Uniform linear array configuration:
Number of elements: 64
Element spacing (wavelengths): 1
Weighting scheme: exponential
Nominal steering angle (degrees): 0
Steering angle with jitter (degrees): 1.044
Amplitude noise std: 0.05
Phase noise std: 0.05

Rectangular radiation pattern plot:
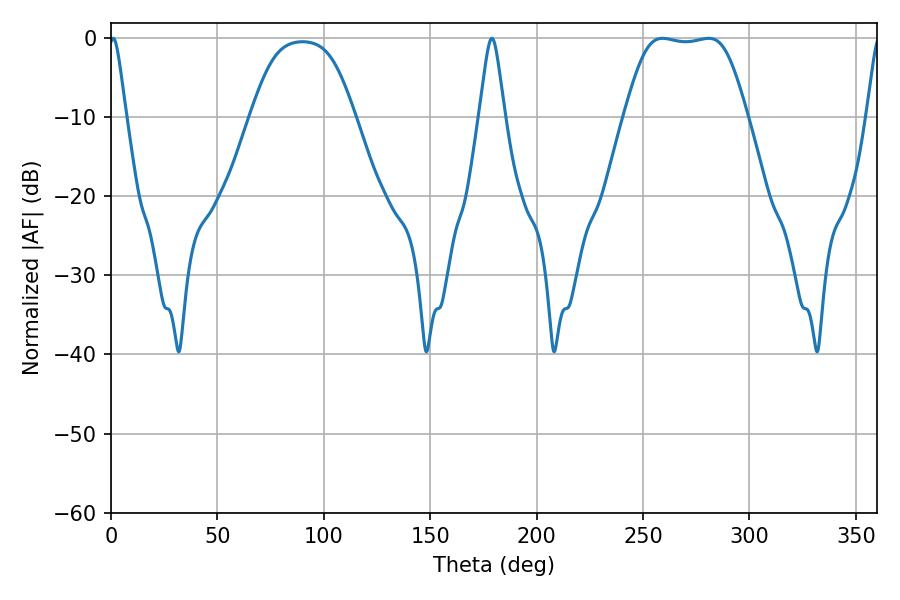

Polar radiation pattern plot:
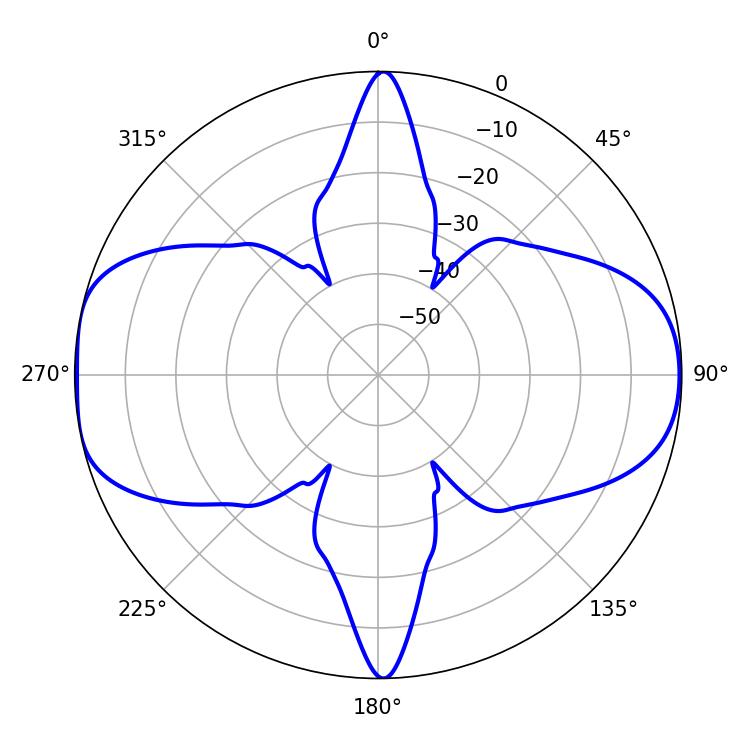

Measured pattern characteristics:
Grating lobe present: TRUE
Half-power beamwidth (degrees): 42.48
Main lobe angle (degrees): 259.2